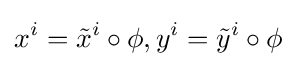
x^{i}={\tilde {x}}^{i}\circ \phi ,y^{i}={\tilde {y}}^{i}\circ \phi